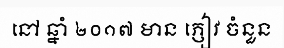
នៅ ឆ្នាំ ២០១៧ មាន ភ្ញៀវ ចំនួន